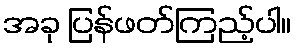
အခု ပြန်ဖတ်ကြည့်ပါ။